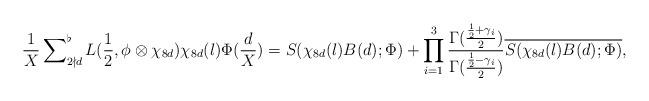
LaTeX: \begin{align*} \frac{1}{X} \sum_{2\nmid d}\nolimits^\flat L(\frac{1}{2},\phi\otimes \chi_{8d})\chi_{ 8d}(l)\Phi(\frac{d}{X}) = S(\chi_{8d}(l)B(d);\Phi) + \prod_{i=1}^3\frac{ \Gamma(\frac{\frac{1}{2}+\gamma_i}{2})} {\Gamma(\frac{\frac{1}{2}-\gamma_i}{2})} \overline{S(\chi_{8d}(l)B(d);\Phi)},\end{align*}